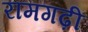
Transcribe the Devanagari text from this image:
रामगढ़ी